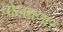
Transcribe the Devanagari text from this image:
बोलवणार